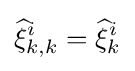
{\widehat {\xi }}_{k,k}^{i}={\widehat {\xi }}_{k}^{i}